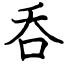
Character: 呑